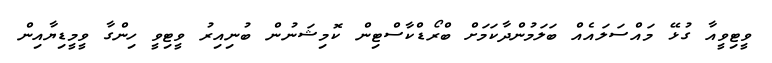
ވީޓިވީއާ ގުޅޭ މައްސަލައެއް ބަލަމުންދާކަމަށް ބްރޯޑްކާސްޓިން ކޮމިޝަނުން ބުނިއިރު ވީޓިވީ ހިންގާ ވީމީޑިޔާއިން